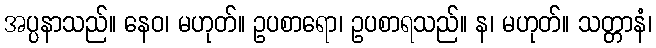
အပ္ပနာသည်။ နေဝ၊ မဟုတ်။ ဥပစာရော၊ ဥပစာရသည်။ န၊ မဟုတ်။ သတ္တာနံ၊